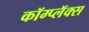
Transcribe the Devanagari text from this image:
कॉम्प्लॅक्स